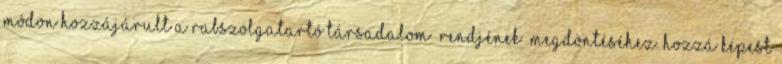
módon hozzájárult a rabszolgatartó társadalom „rendjének” megdöntéséhez. Hozzá képest